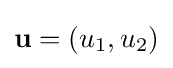
\mathbf {u} =(u_{1},u_{2})